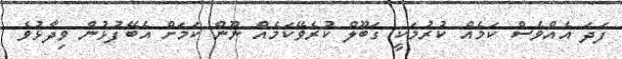
ފަދަ އެއްވެސް ކަމެއް ކުރުމަކީ ގަބޫލް ކުރެވޭކަމެއް ނޫން ކަމަށް އެބޭފުޅުން ވިދާޅުވެ